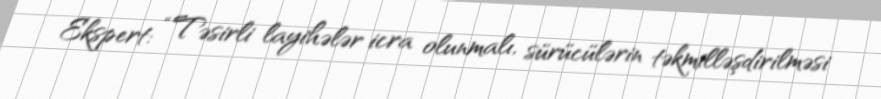
Ekspert: “Təsirli layihələr icra olunmalı, sürücülərin təkmilləşdirilməsi